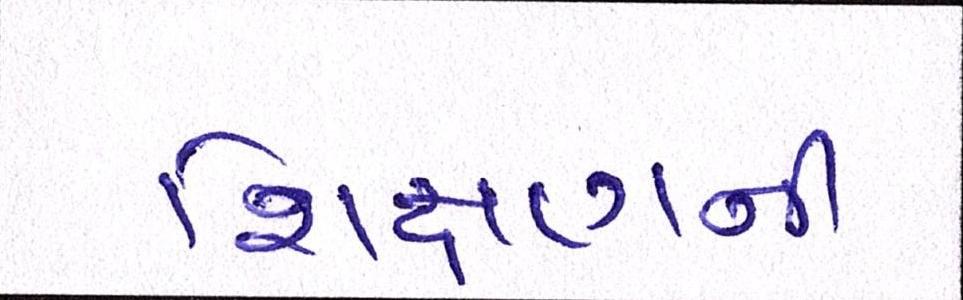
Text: શિક્ષણની